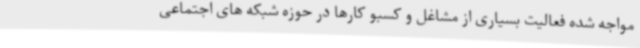
مواجه شده فعالیت بسیاری از مشاغل و کسبو کارها در حوزه شبکه های اجتماعی